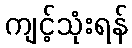
ကျင့်သုံးရန်